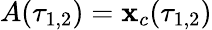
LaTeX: A(\tau_{1,2})=\mathbf{x}_{c}(\tau_{1,2})